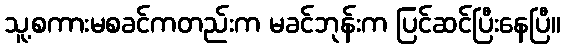
သူ့စကားမစခင်ကတည်းက မခင်ဘုန်းက ပြင်ဆင်ပြီးနေပြီ။